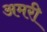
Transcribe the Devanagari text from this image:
अमरी